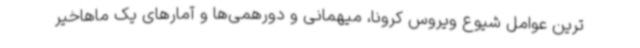
ترین عوامل شیوع ویروس کرونا، میهمانی و دورهمی‌ها و آمارهای یک ماهاخیر